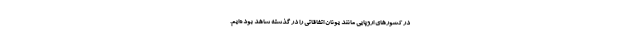
در کشورهای اروپایی مانند یونان اتفاقاتی را در گذشته شاهد بوده‌ایم.